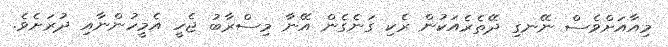
މިއާއަށްވެސް ނޭނގި ދޭތެރެއަކުން ރެކި ގަނެގެން އޭނާ މިސްރާބު ޖެހީ އެމީހުންނާއި ދުރަށެވެ.